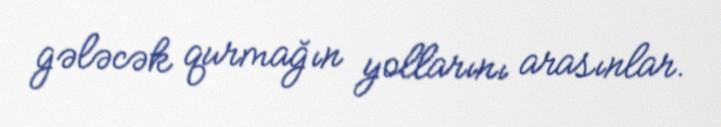
gələcək qurmağın yollarını arasınlar.